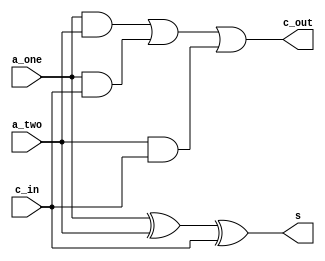
// Verilog one-bit adder slice Theja 6th Aug

module full_adder(a_one,a_two,c_in,s,c_out);//combi block
   input  a_one;
   input  a_two; 
   input  c_in;
   output s;
   output c_out;

   assign  s = a_one ^ a_two ^ c_in;               

   assign  c_out = (a_one & a_two) | (a_one & c_in) | (a_two & c_in);  

endmodule